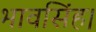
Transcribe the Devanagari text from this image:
भावसिंह।